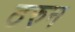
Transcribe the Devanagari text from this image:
ठरुन